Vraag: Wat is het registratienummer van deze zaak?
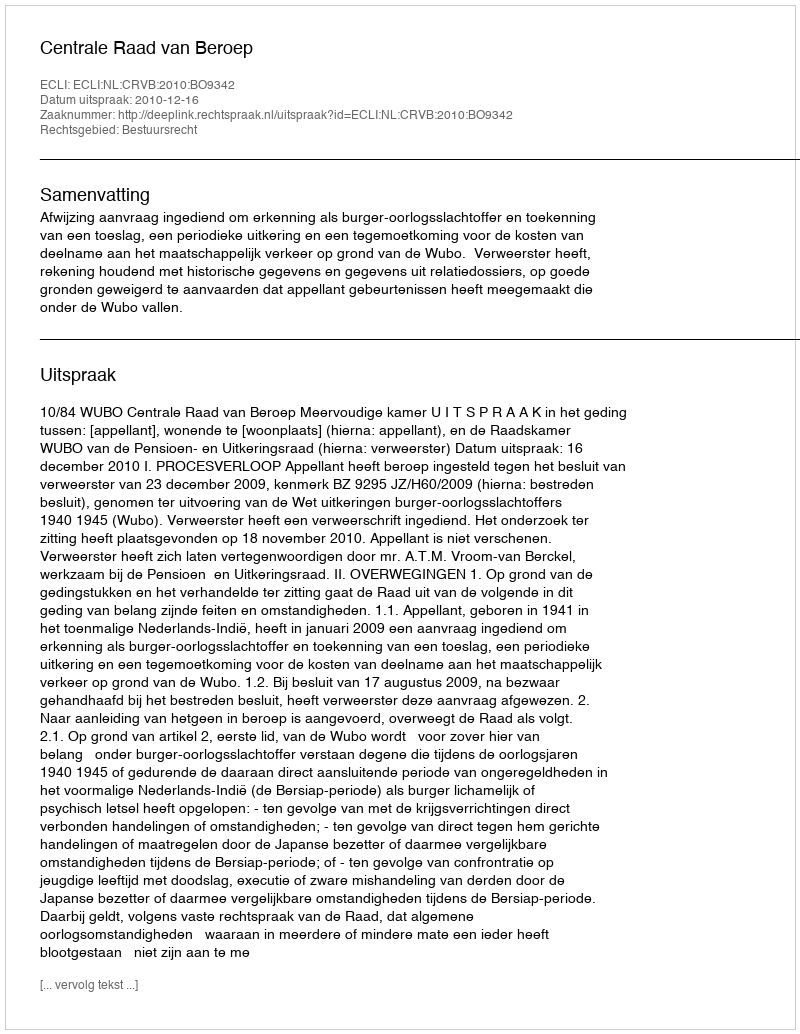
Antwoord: http://deeplink.rechtspraak.nl/uitspraak?id=ECLI:NL:CRVB:2010:BO9342